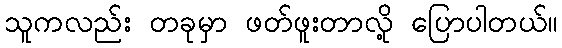
သူကလည်း တခုမှာ ဖတ်ဖူးတာလို့ ပြောပါတယ်။